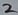
Text: 2